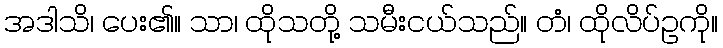
အဒါသိ၊ ပေး၏။ သာ၊ ထိုသတို့ သမီးငယ်သည်။ တံ၊ ထိုလိပ်ဥကို။